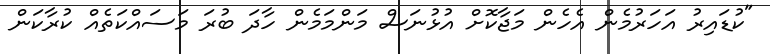
"ކުޑައިރު އަހަރުމެން އެހެން މަޖާކޮށް އުޅުނަސް މަންމަމެން ހާދަ ބުރަ މަސައްކަތެއް ކުރާކަން